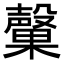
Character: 𭯃